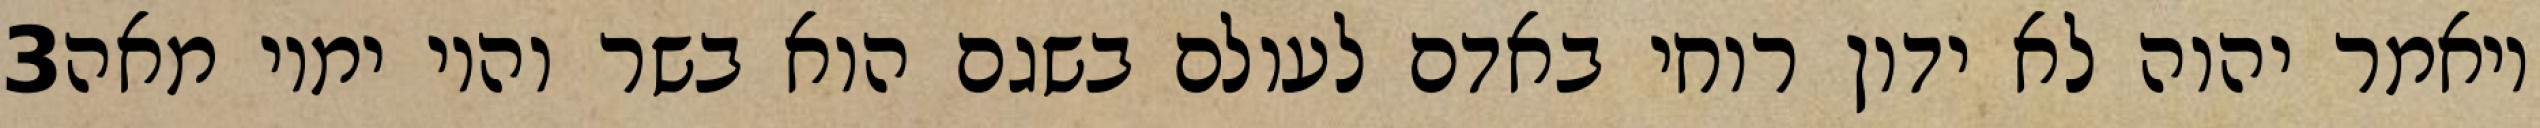
‎3‏ ויאמר יהוה לא ידון רוחי באדם לעולם בשגם הוא בשר והיו ימיו מאה